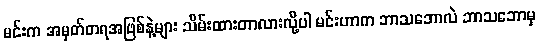
မင်းက အမှတ်တရအဖြစ်နဲ့များ သိမ်းထားတာလားလို့ပါ မင်းဟာက ဘာသဘောလဲ ဘာသဘောမှ